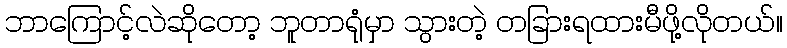
ဘာကြောင့်လဲဆိုတော့ ဘူတာရုံမှာ သွားတဲ့ တခြားရထားမီဖို့လိုတယ်။